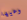
وعيها